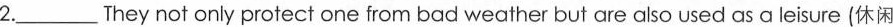
2.___They not only protect one from bad weather but are also used as a leisure (休闲